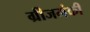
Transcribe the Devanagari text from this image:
ग्रीजमंकी